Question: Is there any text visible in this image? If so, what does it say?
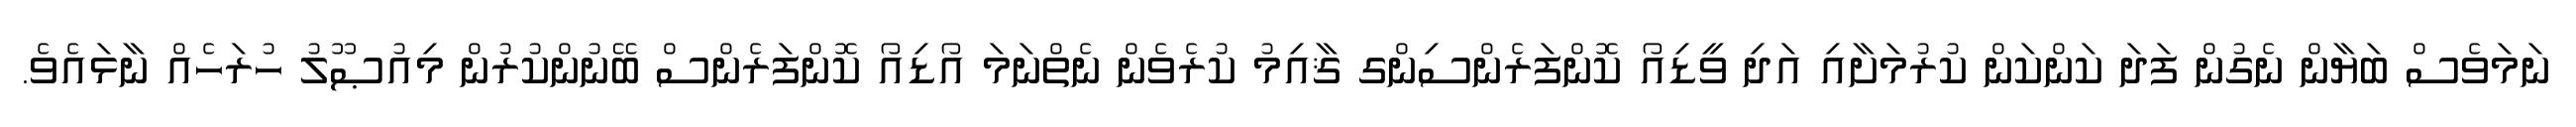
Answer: ނަމަވެސް ބަޔާން ނެގުން ފަދަ ކަންކަން ކުރުމަށާއި އަދި ވީޑިއޯ ކޮންފަރެންސިންގ ޤާއިމު ކުރެވެން ނެތްނަމަ އޯޑިއޯ ކޮންފަރެންސް ބޭނުންކުރުން މިއުޞޫލު ހުރަހެއް ނާޅައެވެ.